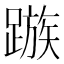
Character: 𨄕